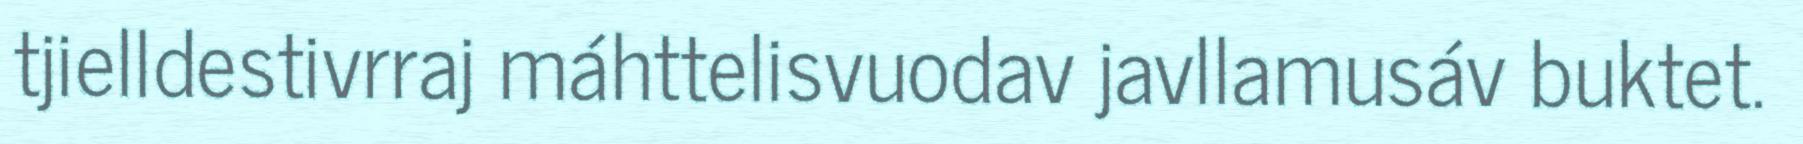
tjielldestivrraj máhttelisvuodav javllamusáv buktet.